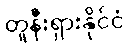
တူနီးရှားနိုင်ငံ